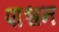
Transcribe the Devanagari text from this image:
पाश्चन